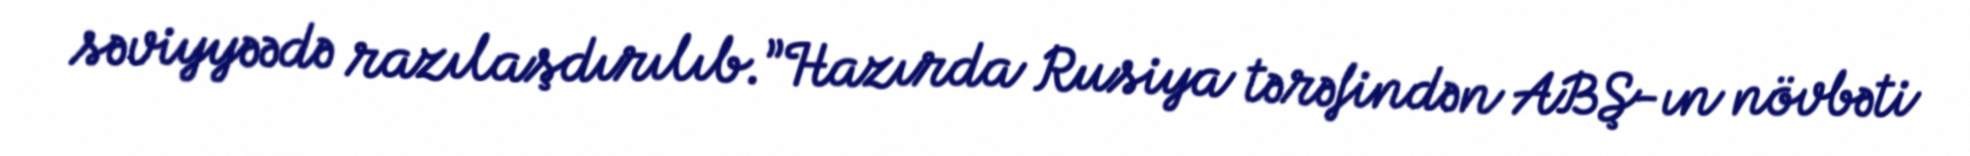
səviyyəədə razılaşdırılıb.”Hazırda Rusiya tərəfindən ABŞ-ın növbəti